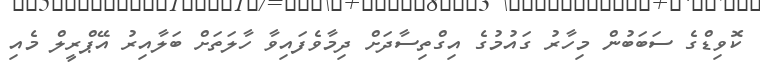
ކޮވިޑްގެ ސަބަބުން މިހާރު ގައުމުގެ އިގްތިސާދަށް ދިމާވެފައިވާ ހާލަތަށް ބަލާއިރު އޭޕްރީލް މެއި